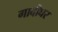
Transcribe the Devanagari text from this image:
गादीघर